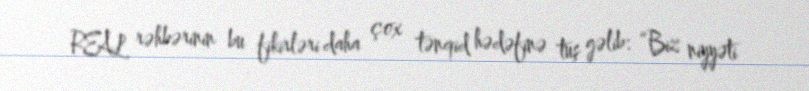
REAL rəhbərinin bu fikirləri daha çox tənqid hədəfinə tuş gəlib: “Biz niyyəti